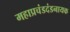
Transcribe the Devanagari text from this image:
महाप्रचंडदंडनायक